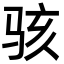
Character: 骇